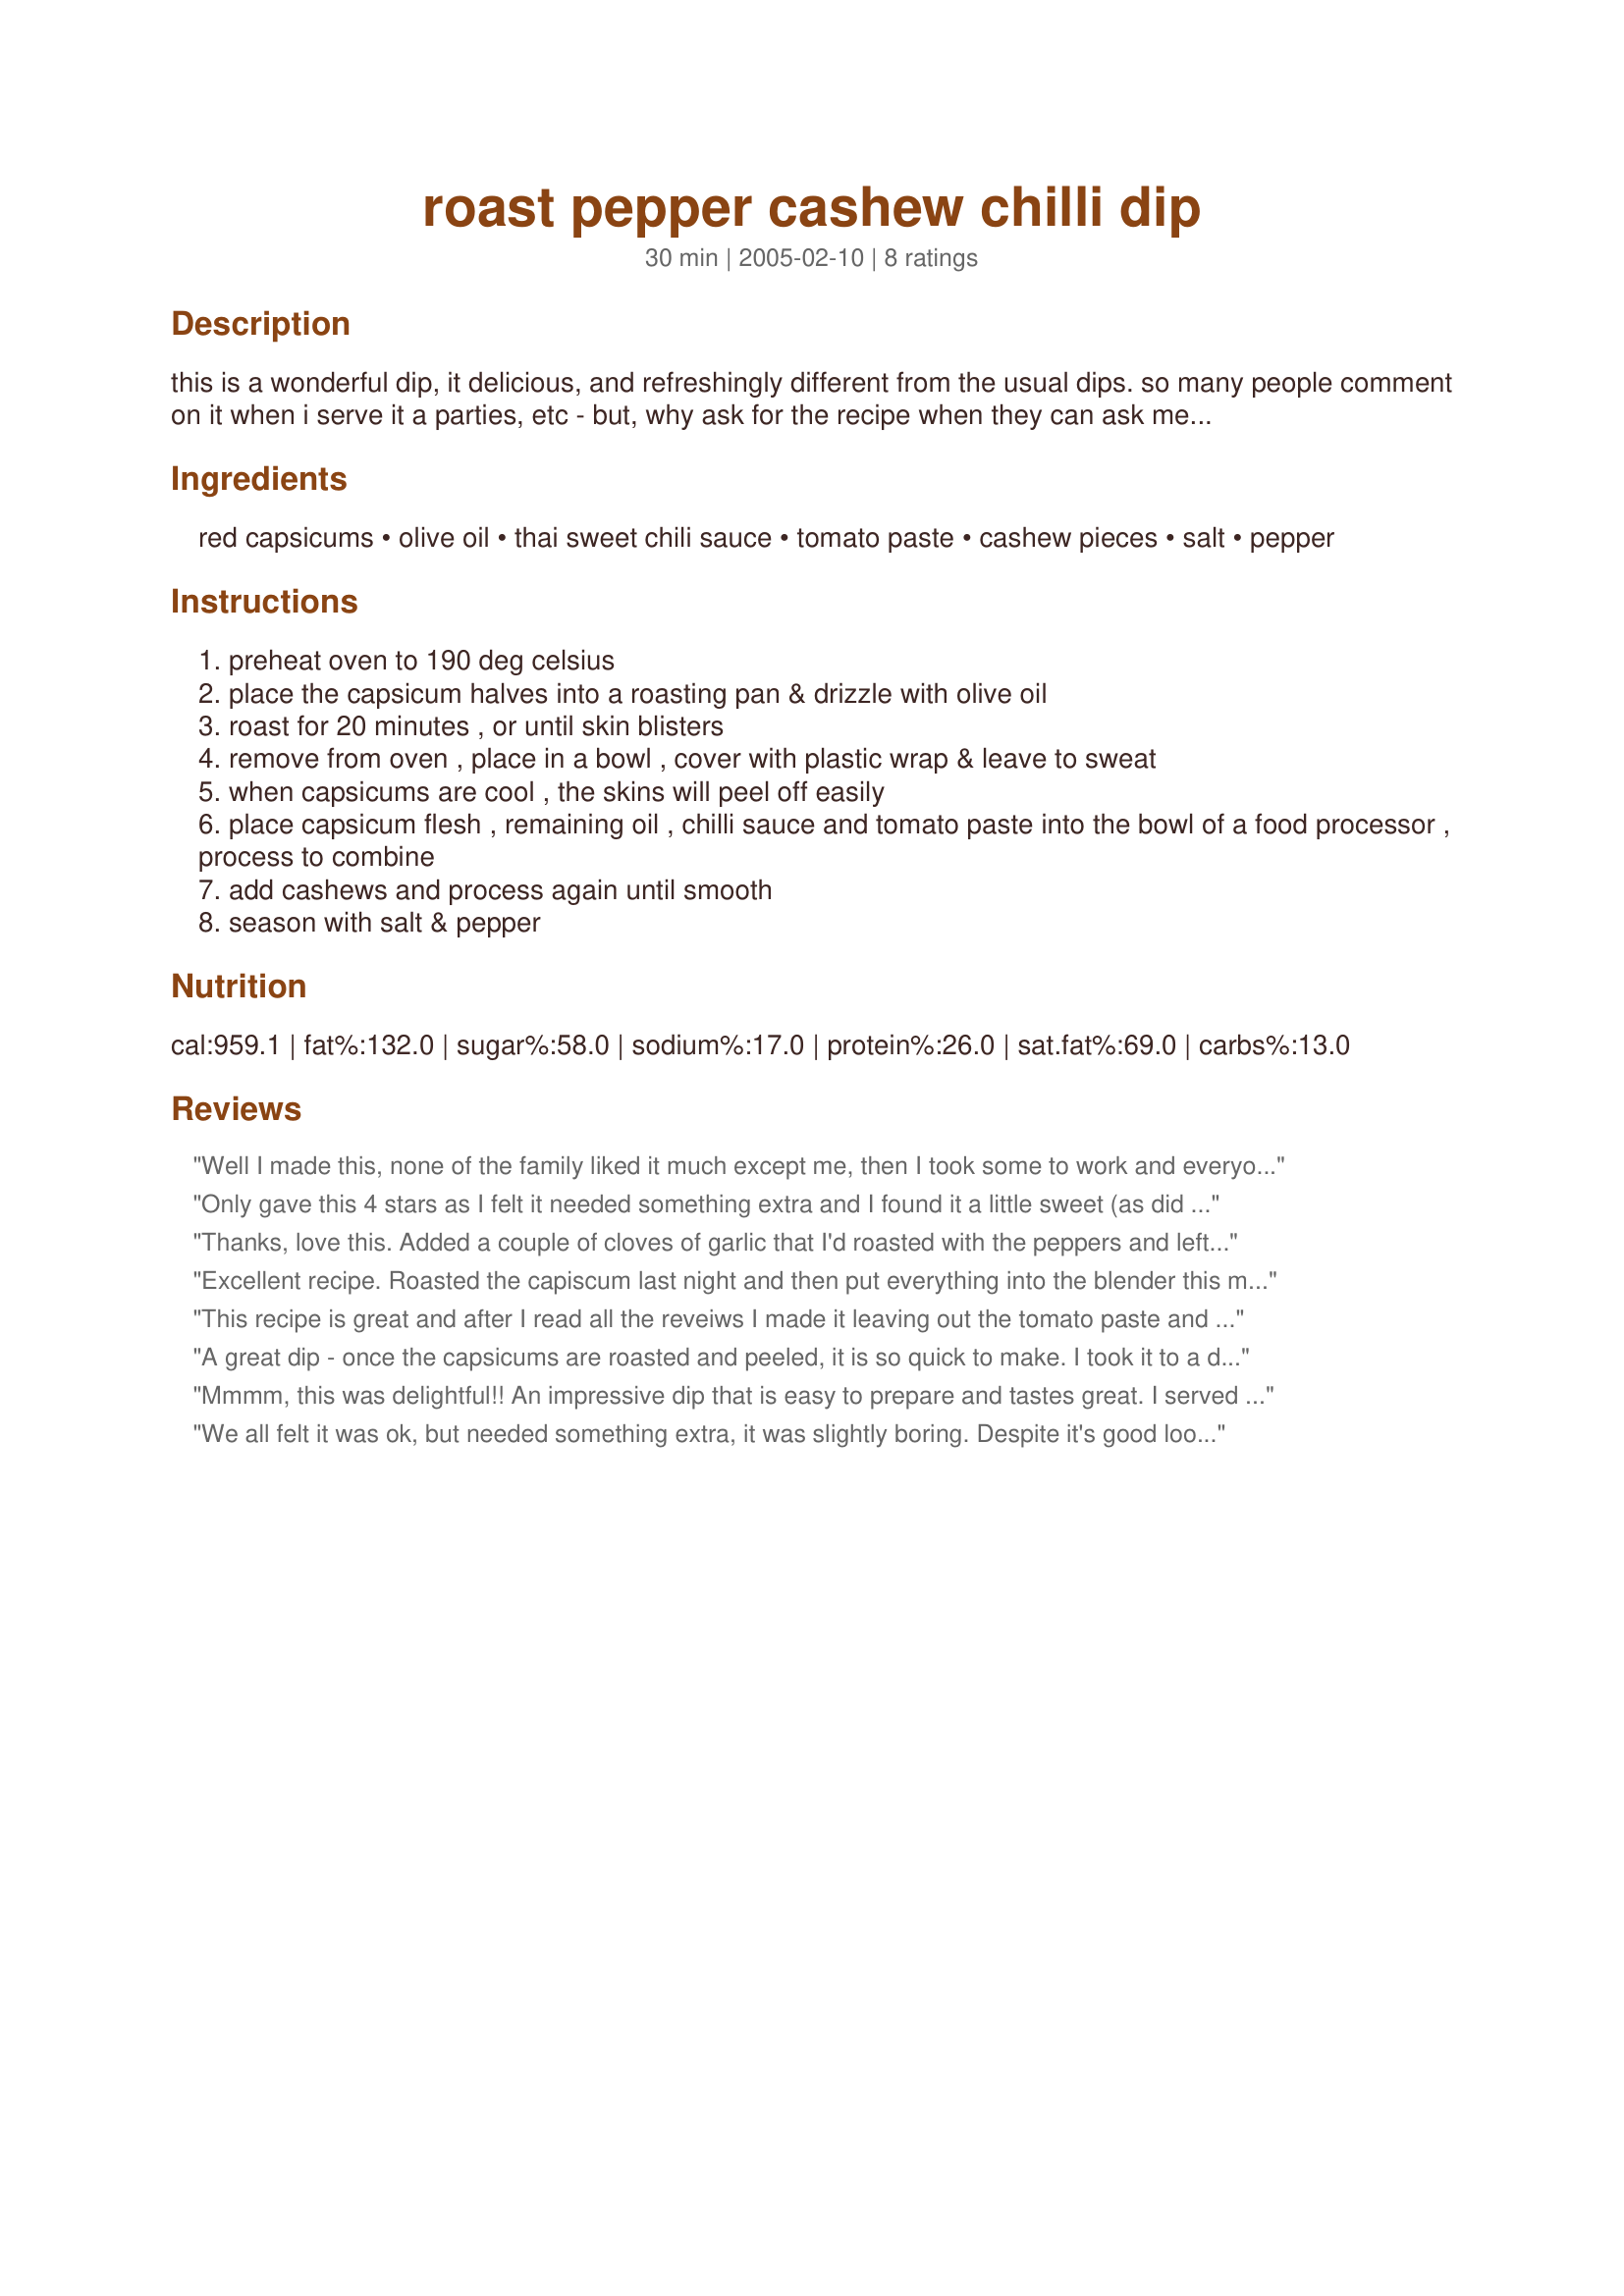
roast pepper cashew chilli dip
Preparation time: 30 minutes

this is a wonderful dip, it delicious, and refreshingly different from the usual dips. so many people comment on it when i serve it a parties, etc - but, why ask for the recipe when they can ask me make it & bring it!! you can store this in the fridge up to a week. go on give it a try.

Ingredients:
red capsicums, olive oil, thai sweet chili sauce, tomato paste, cashew pieces, salt, pepper

Steps:
preheat oven to 190 deg celsius
place the capsicum halves into a roasting pan & drizzle with olive oil
roast for 20 minutes , or until skin blisters
remove from oven , place in a bowl , cover with plastic wrap & leave to sweat
when capsicums are cool , the skins will peel off easily
place capsicum flesh , remaining oil , chilli sauce and tomato paste into the bowl of a food processor , process to combine
add cashews and process again until smooth
season with salt & pepper

Reviews:
Well I made this, none of the family liked it much except me, then I took some to work and everyone went crazy for it, they loved it! I was even asked to make more and bring it the next day !!!
I knew I was the only one in this family with good taste!!!
Very easy and an excellent recipe Annetty!
Only gave this 4 stars as I felt it needed something extra and I found it a little sweet (as did some others at the bbq). I am taking it to another "do" tomorrow. Will mix in some more salt and perhaps some tuscany seasoning...to see if that takes away the sweet taste. Apart from these quibbles it was still enjoyable-and some found it quite okay as it was.
Thanks, love this. Added a couple of cloves of garlic that I'd roasted with the peppers and left out the tomato paste as per another reviewer and added parmesan. Was sweet but I like it. Thanks
Excellent recipe. Roasted the capiscum last night and then put everything into the blender this morning. Very quick and easy to make. Served on a platter with Turkish Bread, cheese and crackers. Everyone raved about it and especially loved placing a dollup of dip on top of the Brie cheese! Thanks Annetty for a really tasty dip!
This recipe is great and after I read all the reveiws I made it leaving out the tomato paste and adding in 1/3 cup of parmesan (or even fetta would be nice) which made the dip less sweet and it was a winner all round. Everyone that has tried it loves it!!!!!
A great dip - once the capsicums are roasted and peeled, it is so quick to make. I took it to a dinner party and ran out of dippers!! I am going to make it again tomorrow and for any other get together we have. Very impressive.
Mmmm, this was delightful!! An impressive dip that is easy to prepare and tastes great. I served mine on melba toasts with a thin layer of spreadable cream cheese and a basil leaf.
I'll be making this one again for sure!
We all felt it was ok, but needed something extra, it was slightly boring. Despite it's good looks, we won't be making it again.
